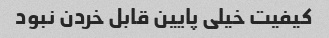
کیفیت خیلی پایین قابل خردن نبود